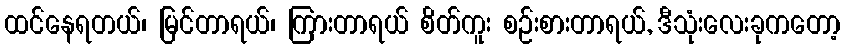
ထင်နေရတယ်၊ မြင်တာရယ်၊ ကြားတာရယ် စိတ်ကူး စဉ်းစားတာရယ်, ဒီသုံးလေးခုကတော့